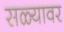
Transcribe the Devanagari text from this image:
सळ्यावर